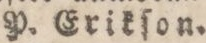
P. Erikſon.